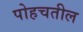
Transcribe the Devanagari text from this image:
पोहचतील